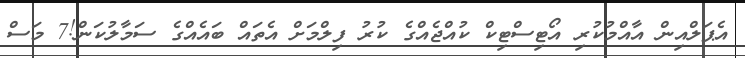
އެޕަލްއިން އާއްމުކުރި އޯޓިސްޓިކް ކުއްޖެއްގެ ކުރު ފިލްމަށް އެތައް ބައެއްގެ ސަމާލުކަން!7 މަސް